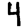
Digit: 4